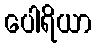
ပေါရိယာ